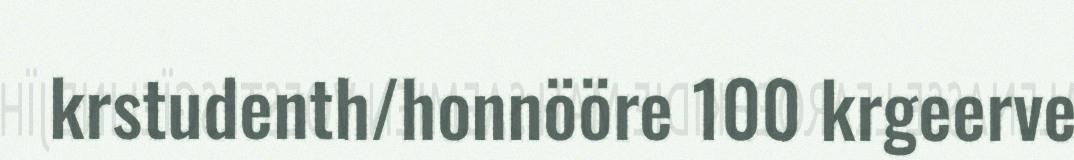
krstudenth/honnööre 100 krgeerve